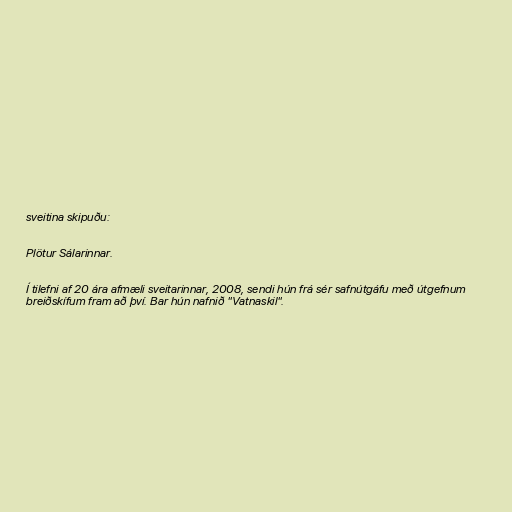
sveitina skipuðu:

Plötur Sálarinnar.

Í tilefni af 20 ára afmæli sveitarinnar, 2008, sendi hún frá sér safnútgáfu með útgefnum
breiðskífum fram að því. Bar hún nafnið "Vatnaskil".